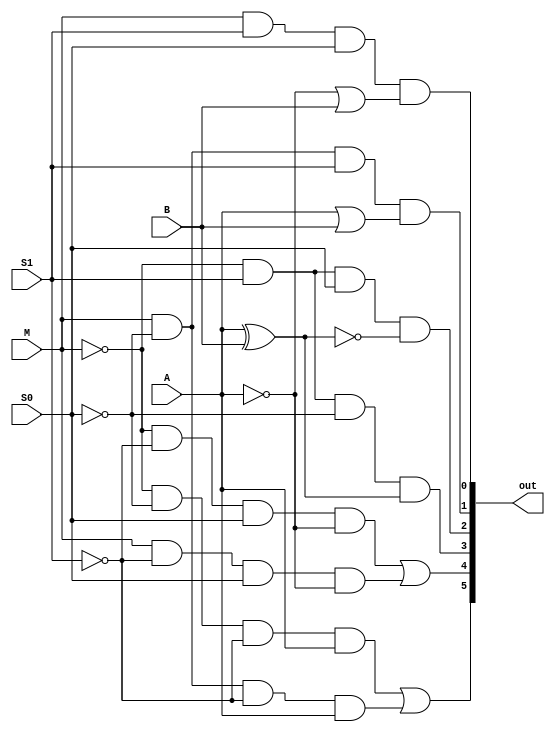
`timescale 1ns / 1ps
//////////////////////////////////////////////////////////////////////////////////
// Company:
// Engineer:
//
// Design Name:
// Module Name:    one
// Project Name:
// Target Devices:
// Tool versions:
// Description:
//
// Dependencies:
//
// Revision:
// Revision 0.01 - File Created
// Additional Comments:
//
//////////////////////////////////////////////////////////////////////////////////
module one(
    input M,
    input A,
    input B,
    input S0,
    input S1,
    output [5:0] out
    );

	wire N_I[4:0];
	wire M_0[2:0];
	wire M_1[2:0];
	wire temp[5:0];

	not T1(N_I[4], M);
	not T2(N_I[3], A);
	not T3(N_I[2], B);
	not T4(N_I[1], S0);
	not T5(N_I[0], S1);

	and T6(M_0[1], N_I[4], N_I[1], N_I[0], A);
	and T7(M_1[1], M, N_I[1], N_I[0], A);
	or T8(out[5], M_0[1], M_1[1]);

	and T9(M_0[0], N_I[4], N_I[0], S0, N_I[3]);
	and T10(M_1[0], M, N_I[0], S0, N_I[3]);
	or T11(out[4], M_0[0], M_1[0]);

	xor T12(temp[0], A, B);
	and T13(out[3], N_I[4], S1, N_I[1], temp[0]);

	not T14(temp[1], temp[0]);
	and T15(out[2], N_I[4], S1, S0, temp[1]);

	or T16(temp[2], A, B);
	and T17(out[1], M, N_I[1], S1, temp[2]);

	or T18(temp[3], N_I[3], B);
	and T19(out[0], M, S1, S0, temp[3]);

endmodule